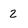
Character: 2